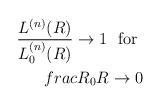
LaTeX: \begin{align*}\frac{L^{(n)} (R)}{L_0^{(n)}(R)} \rightarrow 1 \ \ \mbox{for}\ \\frac{R_0}{R} \rightarrow 0\end{align*}